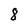
Character: 8